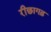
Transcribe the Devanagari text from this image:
रीछागढ़